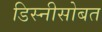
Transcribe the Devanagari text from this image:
डिस्नीसोबत